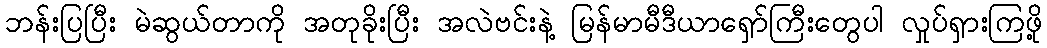
ဘန်းပြပြီး မဲဆွယ်တာကို အတုခိုးပြီး အလဲဗင်းနဲ့ မြန်မာမီဒီယာရှော်ကြီးတွေပါ လှုပ်ရှားကြဖို့